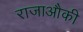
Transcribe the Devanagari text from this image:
राजाऔकी